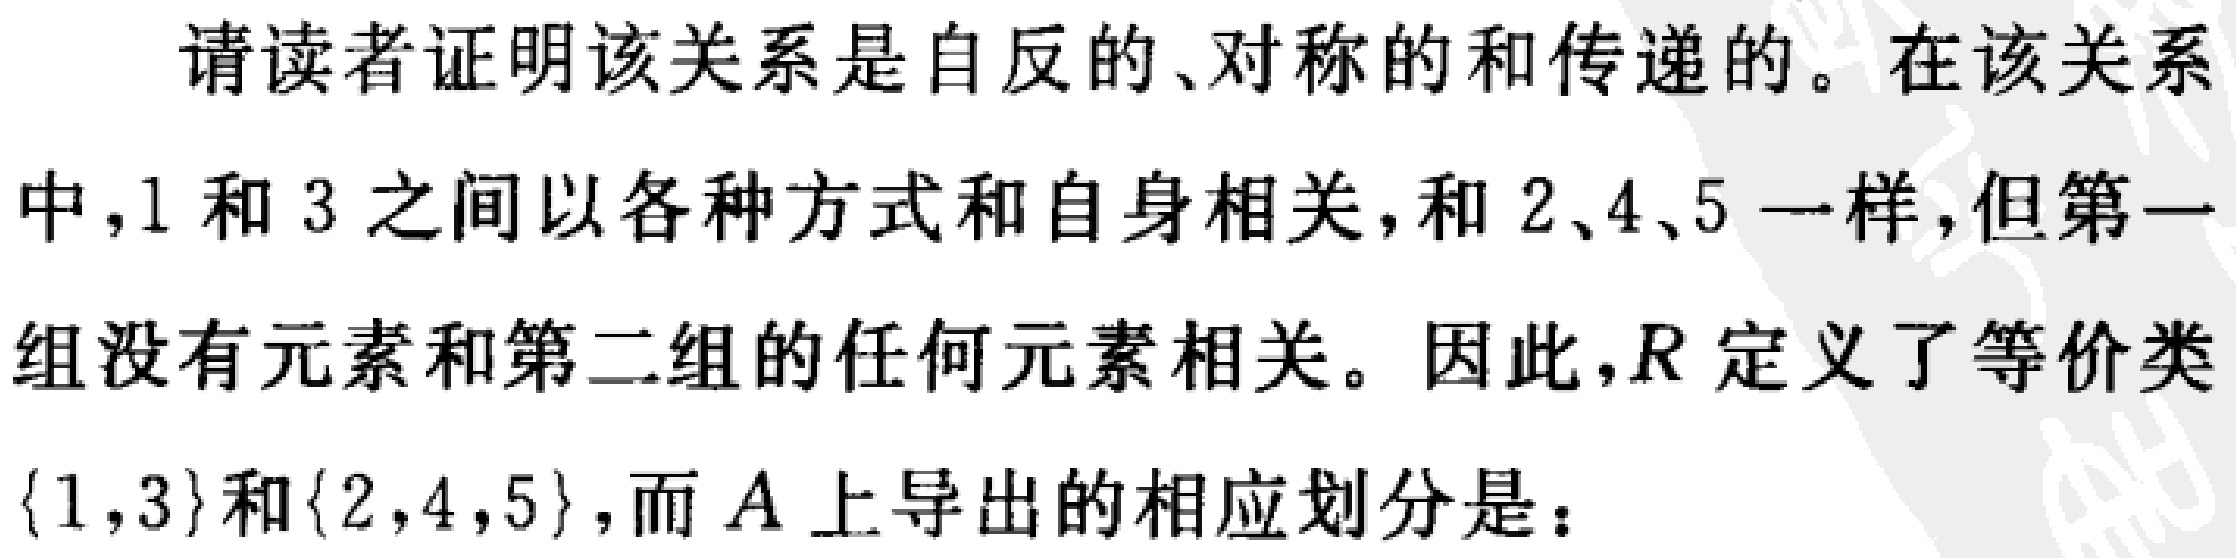
请读者证明该关系是自反的、对称的和传递的。在该关系中，1 和 3 之间以各种方式和自身相关，和 2、4、5 一样，但第一组没有元素和第二组的任何元素相关。因此，\(R\) 定义了等价类\(\{1,3\}\)和\(\{2,4,5\}\)，而 \(A\) 上导出的相应划分是：